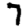
Digit: 7